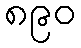
၈၉၀